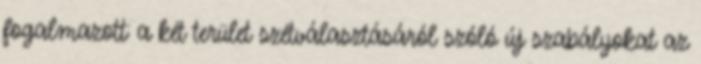
fogalmazott: a két terület szétválasztásáról szóló új szabályokat az